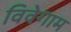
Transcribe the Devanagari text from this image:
विवेगाम